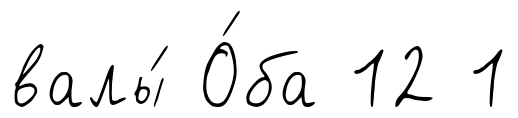
валы́ О́ба 12 1